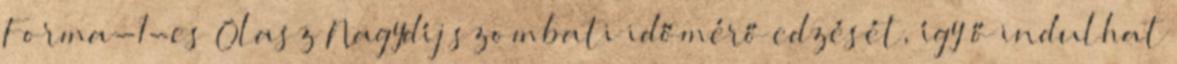
Forma-1-es Olasz Nagydíj szombati időmérő edzését, így ő indulhat